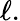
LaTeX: \ell.